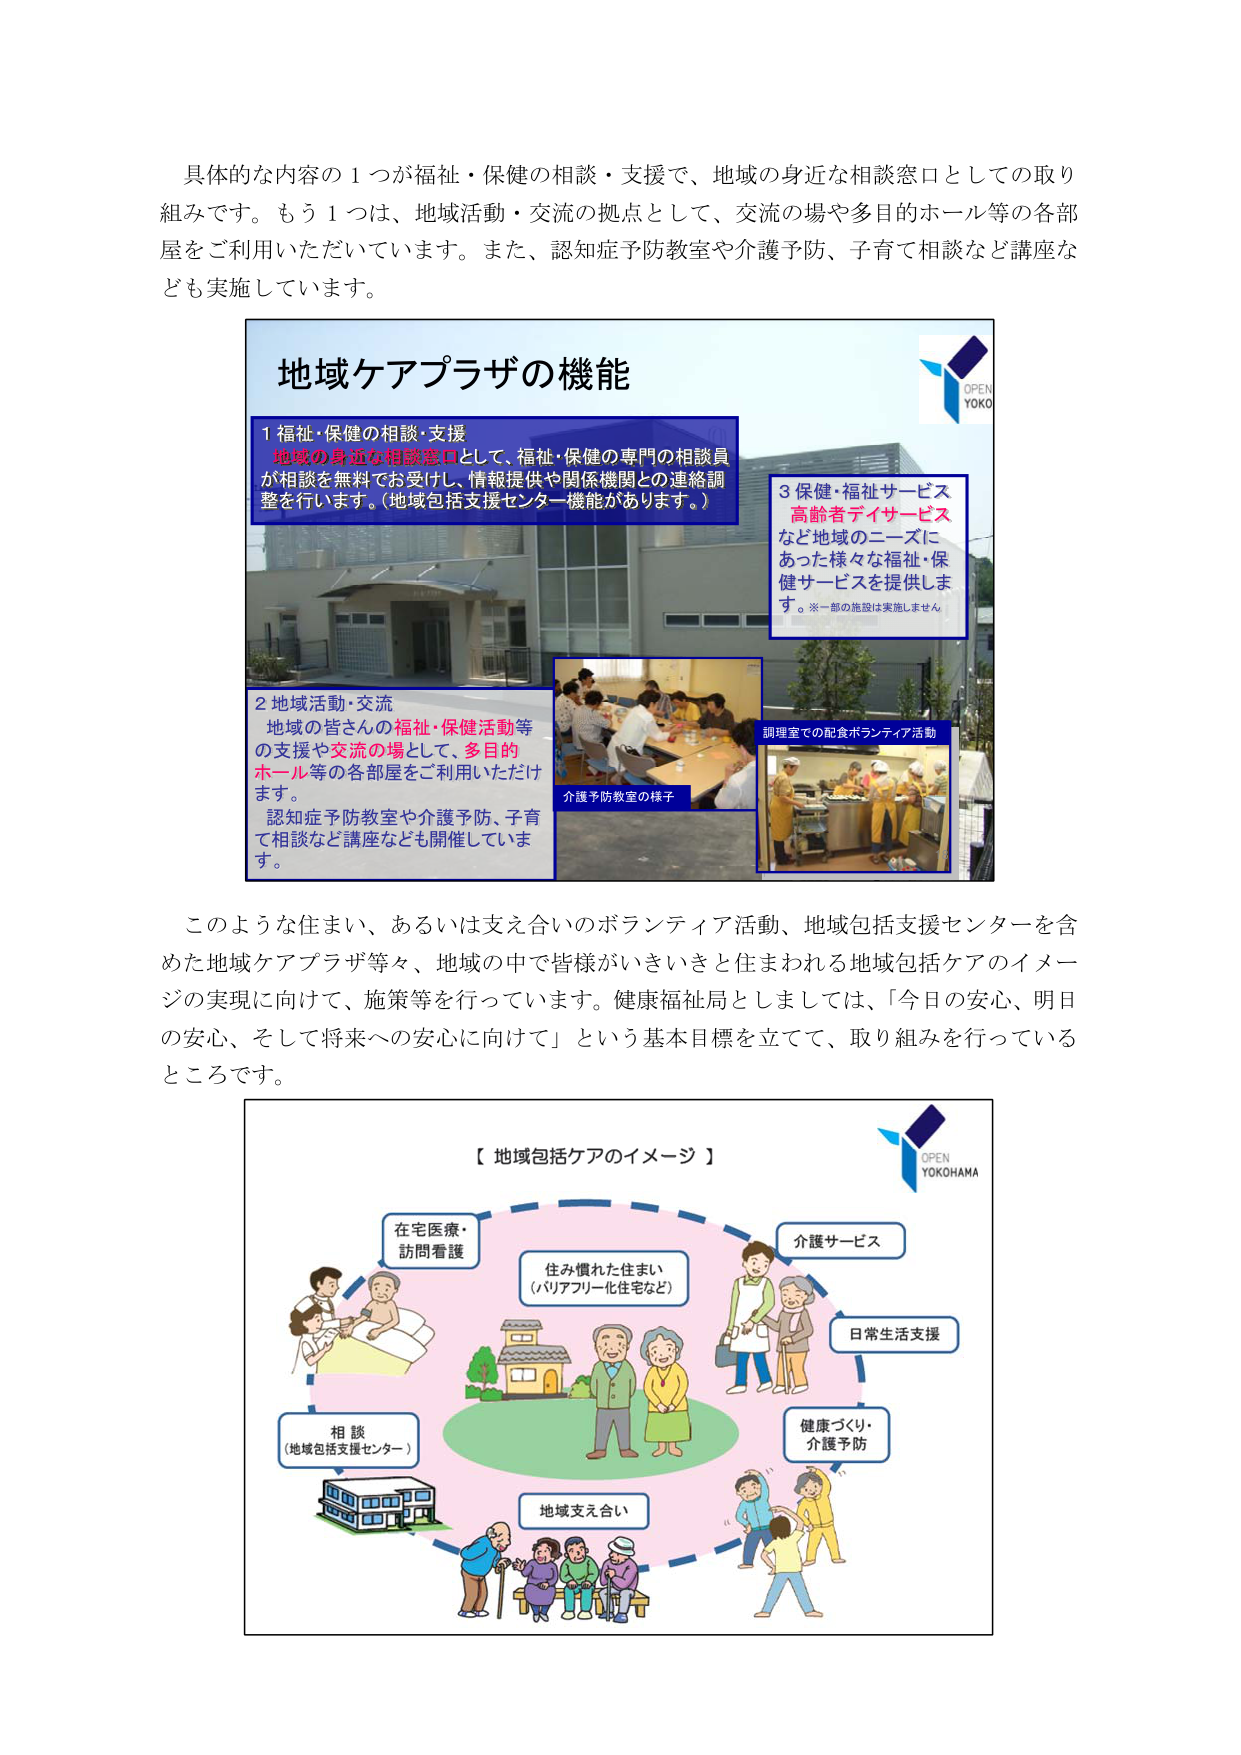
具体的な内容の１つが福祉・保健の相談・支援で、地域の身近な相談窓口としての取り組みです。もう１つは、地域活動・交流の拠点として、交流の場や多目的ホール等の各部屋をご利用いただいています。また、認知症予防教室や介護予防、子育て相談など講座なども実施しています。

地域ケアプラザの機能

1 福祉・保健の相談・支援
地域の身近な相談窓口として、福祉・保健の専門の相談員が相談を無料でお受けし、情報提供や関係機関との連絡調整を行います。（地域包括支援センター機能があります。）

2 地域活動・交流
地域の皆さんの福祉・保健活動等の支援や交流の場として、多目的ホール等の各部屋をご利用いただけます。
認知症予防教室や介護予防、子育て相談など講座なども開催しています。

3 保健・福祉サービス
高齢者デイサービスなど地域のニーズにあった様々な福祉・保健サービスを提供します。※一部の施設は実施しません

調理室での配食ボランティア活動
介護予防教室の様子

このような住まい、あるいは支え合いのボランティア活動、地域包括支援センターを含めた地域ケアプラザ等々、地域の中で皆様がいきいきと住まわれる地域包括ケアのイメージの実現に向けて、施策等を行っています。健康福祉局としましては、「今日の安心、明日の安心、そして将来への安心に向けて」という基本目標を立てて、取り組みを行っているところです。

【地域包括ケアのイメージ】

在宅医療・訪問看護
住み慣れた住まい（バリアフリー化住宅など）
介護サービス
日常生活支援
健康づくり・介護予防
地域支え合い
相談（地域包括支援センター）

OPEN YOKOHAMA